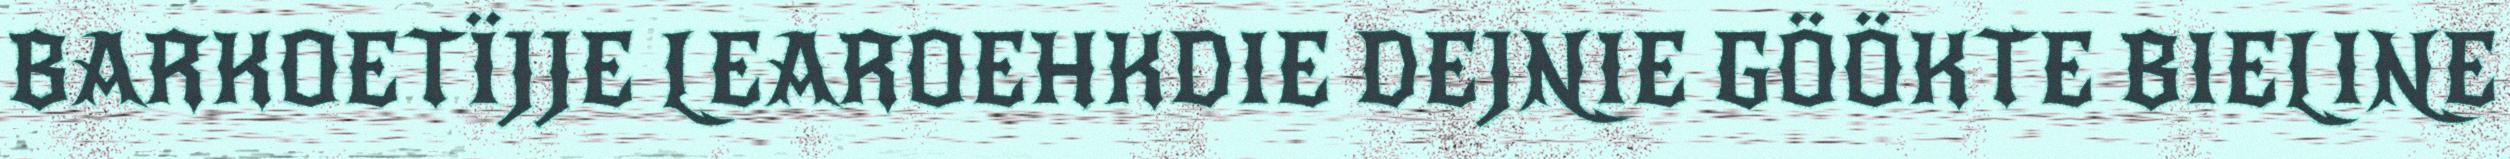
BARKOETÏJJE LEAROEHKDIE DEJNIE GÖÖKTE BIELINE